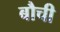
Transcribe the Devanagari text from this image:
बौची